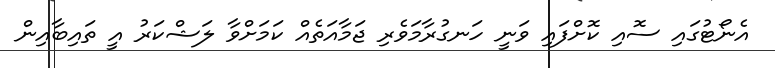
އެނޯޓުގައި ސޮއި ކޮށްފައި ވަނީ ހަނގުރާމަވެރި ޖަމާއަތެއް ކަމަށްވާ ލަޝްކަރު އީ ތައިބާއިން